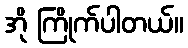
အို ကြိုက်ပါတယ်။